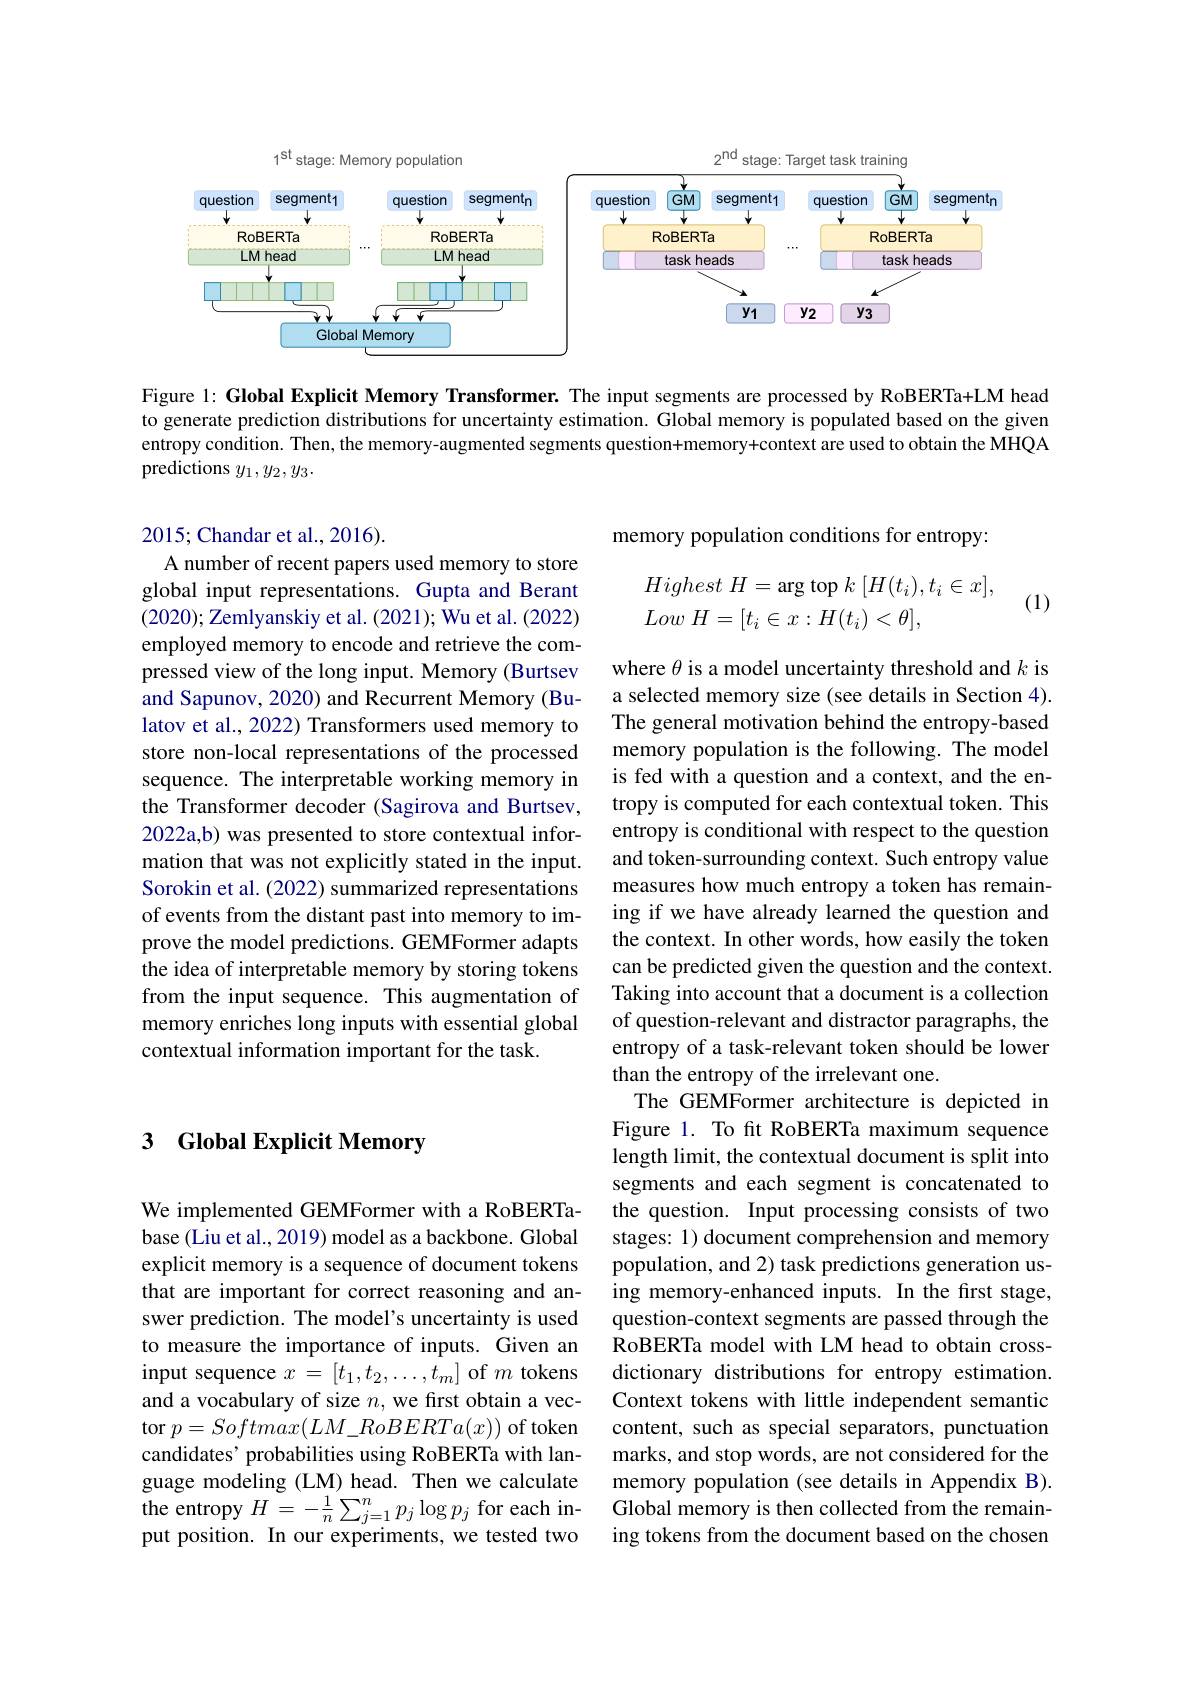
$1st$
$2^\mathrm{nd}$
Memory population
task training
<FigureHere>

Figure 1: Global Explicit Memory Transformer. The input segments are processed by RoBERTa+LM head to generate prediction distributions for uncertainty estimation. Global memory is populated based on the given entropy condition. Then, the memory-augmented segments question+memory+context are used to obtain the MHQA predictions $y_1,y_2,y_3.$

### 2015; Chandar et al., 2016).

memory population conditions for entropy:
$$\begin{aligned}&Highest\:H=\arg\mathrm{top}\:k\:[H(t_{i}),t_{i}\in x],\\&Low\:H=[t_{i}\in x:H(t_{i})<\theta],\end{aligned}$$
(1)

A number of recent papers used memory to store global input representations. Gupta and Berant (2020); Zemlyanskiy et al. (2021); Wu et al. (2022) employed memory to encode and retrieve the compressed view of the long input. Memory (Burtsev and Sapunov, 2020) and Recurrent Memory (Bulatov et al., 2022) Transformers used memory to store non-local representations of the processed sequence. The interpretable working memory in the Transformer decoder (Sagirova and Burtsev, 2022a,b) was presented to store contextual information that was not explicitly stated in the input. Sorokin et al. (2022) summarized representations of events from the distant past into memory to improve the model predictions. GEMFormer adapts the idea of interpretable memory by storing tokens from the input sequence. This augmentation of memory enriches long inputs with essential global contextual information important for the task.

where $\theta$ is a model uncertainty threshold and $k$ is a selected memory size (see details in Section 4). The general motivation behind the entropy-based memory population is the following. The model is fed with a question and a context, and the entropy is computed for each contextual token. This entropy is conditional with respect to the question and token-surrounding context. Such entropy value measures how much entropy a token has remaining if we have already learned the question and the context. In other words, how easily the token can be predicted given the question and the context. Taking into account that a document is a collection of question-relevant and distractor paragraphs, the entropy of a task-relevant token should be lower than the entropy of the irrelevant one.
The GEMFormer architecture is depicted in Figure 1. To fit RoBERTa maximum sequence length limit, the contextual document is split into segments and each segment is concatenated to the question. Input processing consists of two stages: 1) document comprehension and memory population, and 2) task predictions generation using memory-enhanced inputs. In the first stage, question-context segments are passed through the RoBERTa model with LM head to obtain crossdictionary distributions for entropy estimation. Context tokens with little independent semantic content, such as special separators, punctuation marks, and stop words, are not considered for the memory population (see details in Appendix B).
the entropy $H=-\frac1n\sum_{j=1}^np_j\log p_j$ for each in- Global memory is then collected from the remain-
ing tokens from the document based on the chosen

## 3 Global Explicit Memory

We implemented GEMFormer with a RoBERTabase (Liu et al., 2019) model as a backbone. Global explicit memory is a sequence of document tokens that are important for correct reasoning and answer prediction. The model's uncertainty is used to measure the importance of inputs. Given an input sequence $x=[t_1,t_2,\ldots,t_m]$ of $m$ tokens and a vocabulary of size $n$, we first obtain a vector $p=Softmax(LM\_RoBERTa(x))$ of token candidates' probabilities using RoBERTa with language modeling (LM) head. Then we calculate put position. In our experiments, we tested two